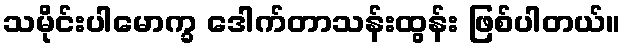
သမိုင်းပါမောက္ခ ဒေါက်တာသန်းထွန်း ဖြစ်ပါတယ်။